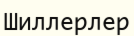
Шиллерлер